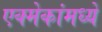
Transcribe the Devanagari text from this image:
एक्मेकांमध्ये